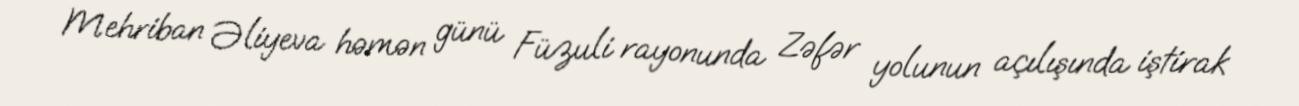
Mehriban Əliyeva həmən günü Füzuli rayonunda Zəfər yolunun açılışında iştirak